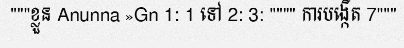
"""ខ្លួន Anunna »Gn 1: 1 ទៅ 2: 3: """" ការបង្កើត 7"""